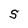
Character: S